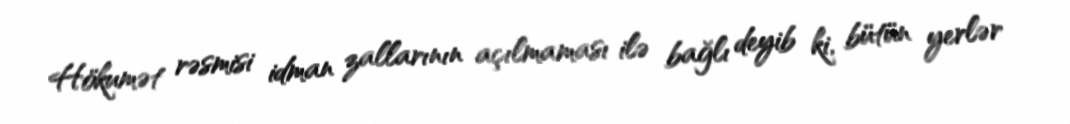
Hökumət rəsmisi idman zallarının açılmaması ilə bağlı deyib ki, bütün yerlər